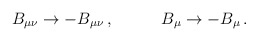
\begin{align*}B_{\mu\nu}\rightarrow -B_{\mu\nu}\, ,\hspace{1.2cm}B_{\mu}\rightarrow -B_{\mu}\, .\end{align*}